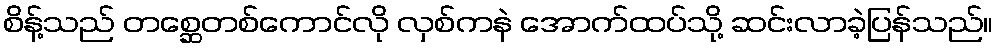
စိန့်သည် တစ္ဆေတစ်ကောင်လို လှစ်ကနဲ အောက်ထပ်သို့ ဆင်းလာခဲ့ပြန်သည်။